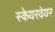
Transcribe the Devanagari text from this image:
स्केयरवेयर